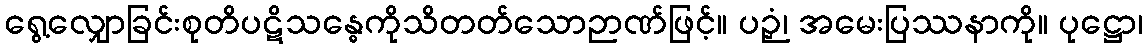
ရွေ့လျှောခြင်းစုတိပဋိသန္ဓေကိုသိတတ်သောဉာဏ်ဖြင့်။ ပဉှံ၊ အမေးပြဿနာကို။ ပုဋ္ဌော၊